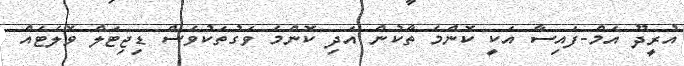
އުރީދޫ އެމް-ފައިސާ އަކީ ކޮންމެ ތާކުން އަދި ކޮންމެ ވަގުތަކުވެސް ޑިޖިޓަލް ވޮލެޓެއް